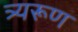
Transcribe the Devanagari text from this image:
त्र्यरूण